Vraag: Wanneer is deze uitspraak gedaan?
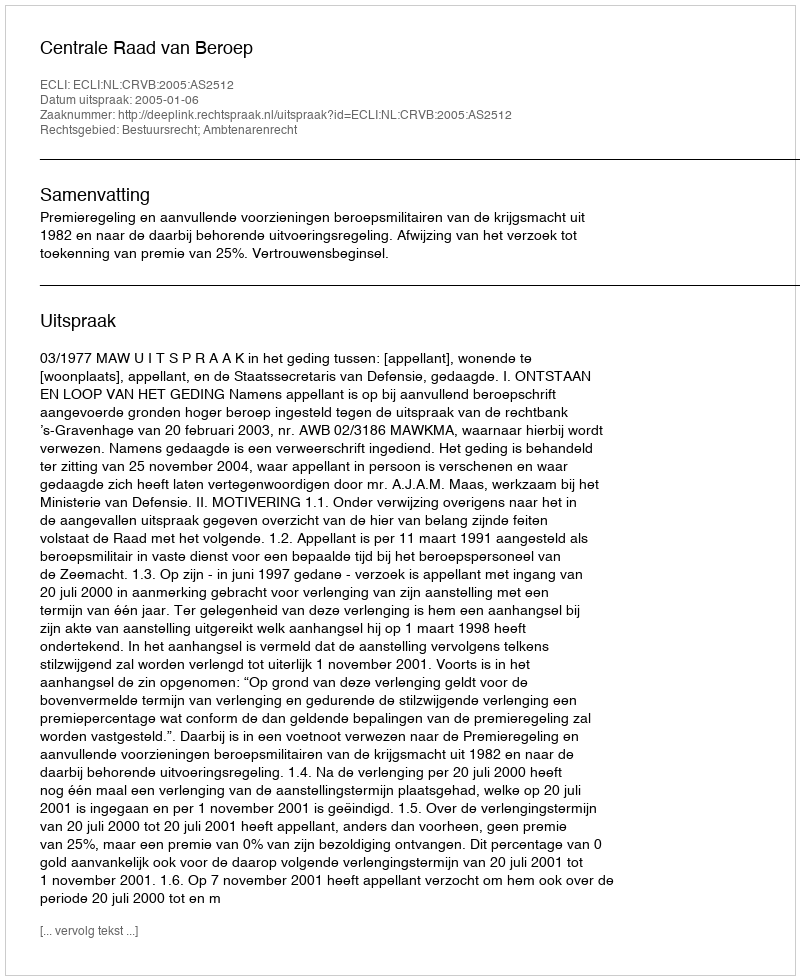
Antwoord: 2005-01-06